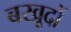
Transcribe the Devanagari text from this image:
बखूदों